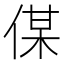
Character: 𠋦